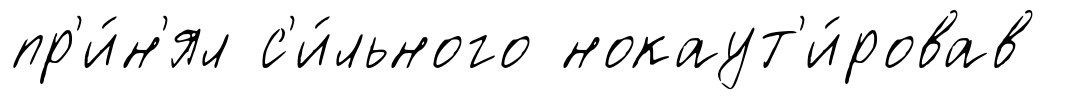
пр'и́н'ял с'и́льного нокаут'и́ровав